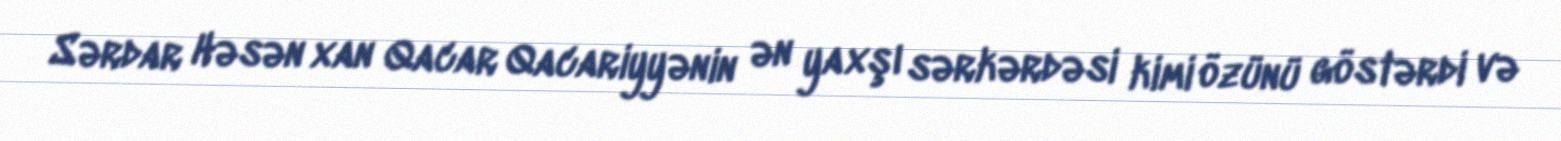
Sərdar Həsən xan Qacar Qacariyyənin ən yaxşı sərkərdəsi kimi özünü göstərdi və